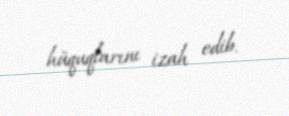
hüquqlarını izah edib.